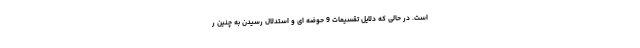
است. در حالی که دلایل تقسیمات 9 حوضه ای و استدلال رسیدن به چنین ر